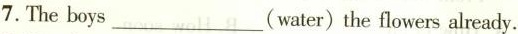
7.The boys___(water) the flowers already.